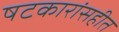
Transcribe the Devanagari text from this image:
षटकारांसहीत